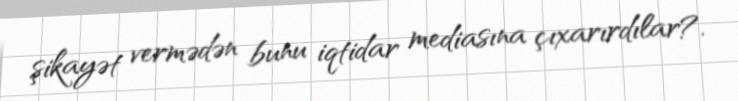
şikayət vermədən bunu iqtidar mediasına çıxarırdılar?.